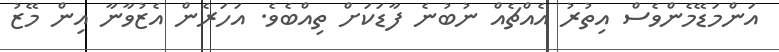
އަންމަޑޭމެންވެސް އިތުރު އެއްޗެއް ނުބުނެ ފާޑަކަށް ތިއްބެވެ. އަހަރެން އެޒުވާނާ އިން މޭޒު